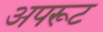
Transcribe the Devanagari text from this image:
अपरूट